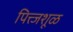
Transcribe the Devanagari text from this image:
पित्त्जशूळ